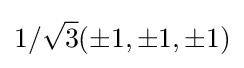
1/{\sqrt {3}}(\pm 1,\pm 1,\pm 1)